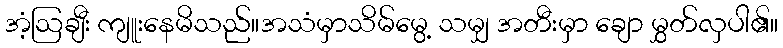
အံ့ဩချီး ကျူးနေမိသည်။အသံမှာသိမ်မွေ့ သမျှ အတီးမှာ ချော မွှတ်လှပါ၏။